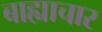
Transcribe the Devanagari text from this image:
बाह्याचार